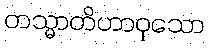
တသ္မာတိဟာဝုသော